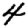
Digit: 4